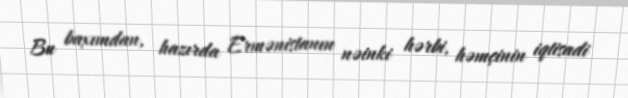
Bu baxımdan, hazırda Ermənistanın nəinki hərbi, həmçinin iqtisadi